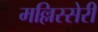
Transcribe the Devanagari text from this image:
मल्लिस्सेरी